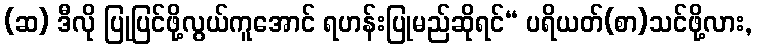
(ဆ) ဒီလို ပြုပြင်ဖို့လွယ်ကူအောင် ရဟန်းပြုမည်ဆိုရင်“ ပရိယတ်(စာ)သင်ဖို့လား,